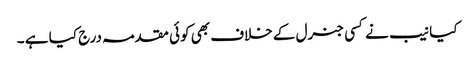
کیا نیب نے کسی جنرل کے خلاف بھی کوئی مقدمہ درج کیا ہے ۔